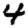
Digit: 4